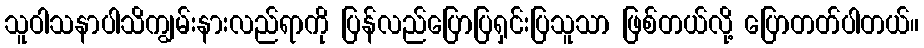
သူဝါသနာပါသိကျွမ်းနားလည်ရာကို ပြန်လည်ပြောပြရှင်းပြသူသာ ဖြစ်တယ်လို့ ပြောတတ်ပါတယ်။